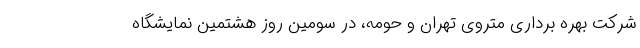
شرکت بهره برداری متروی تهران و حومه، در سومین روز هشتمین نمایشگاه